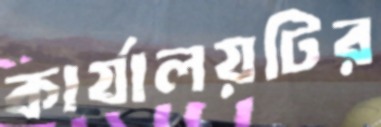
কার্যালয়টির